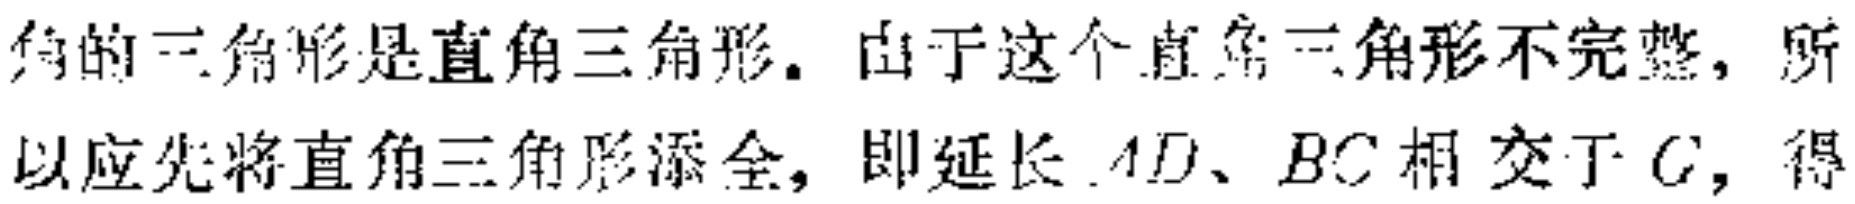
角的三角形是直角三角形。由于这个直角三角形不完整，所以应先将直角三角形添全，即延长 \(AD、BC\) 相交于 \(C\)，得